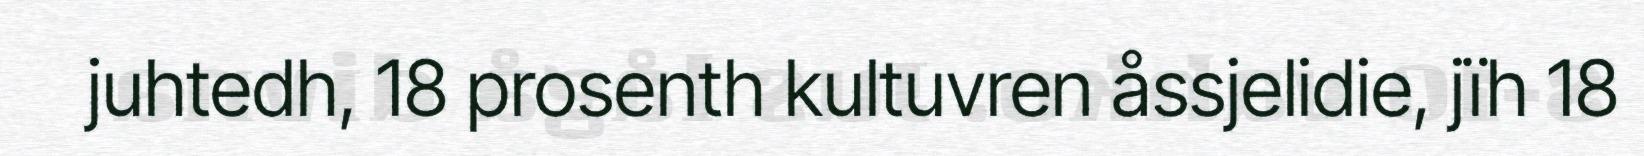
juhtedh, 18 prosenth kultuvren åssjelidie, jïh 18